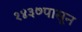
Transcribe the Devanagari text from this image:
१४३७पासून